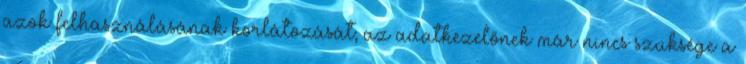
azok felhasználásának korlátozását; az adatkezelőnek már nincs szüksége a